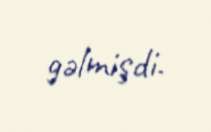
gəlmişdi.